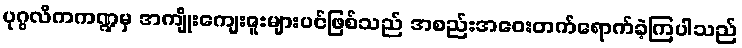
ပုဂ္ဂလိကကဏ္ဍမှ အကျိုးကျေးဇူးများပင်ဖြစ်သည် အစည်းအဝေးတက်ရောက်ခဲ့ကြပါသည်